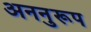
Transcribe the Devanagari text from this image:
अननुरूप